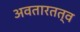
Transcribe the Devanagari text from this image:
अवतारतत्व